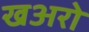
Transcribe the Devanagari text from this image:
खअरो